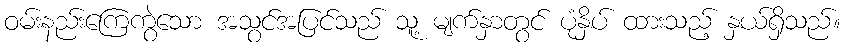
ဝမ်းနည်းကြေကွဲသော အသွင်အပြင်သည် သူ့ မျက်နှာတွင် ပုံနှိပ် ထားသည့် နှယ်ရှိသည်။